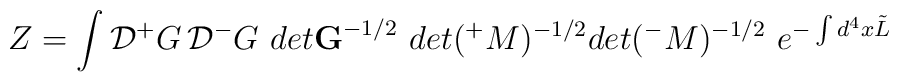
Z=\int {\cal D}{^+}G\, {\cal D} {^-}G \,\, det {\bf G}^{-1/2} \,\,det ({^+}M)^{-1/2} det ({^-}M)^{-1/2} \,\, e^{- \int d^4x \tilde L}